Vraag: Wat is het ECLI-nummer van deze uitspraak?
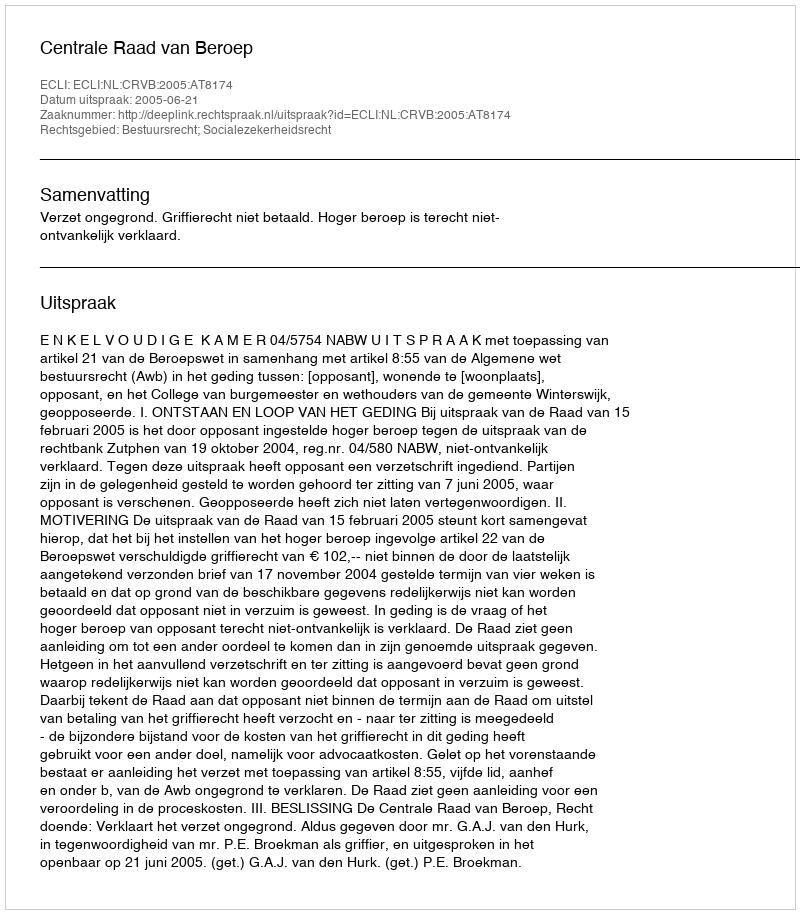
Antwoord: ECLI:NL:CRVB:2005:AT8174